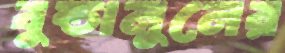
বুন্ডানুনের